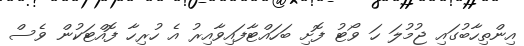
އިންތިހާބުގައި ޖުމުލަ ހަ ވޯޓު ފޮށި ބަހައްޓާފައިވާއިރު އެ ހުރިހާ ފޮއްޓަކުން ވެސް